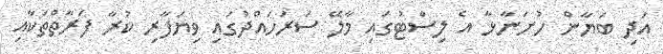
އަދި ބަޔާން ހުށަނާޅާ އެ ލިސްޓުގައި މާލޭ ސަރަހައްދުގައި ވިޔަފާރި ކުރާ ފަރާތްތަކާއި